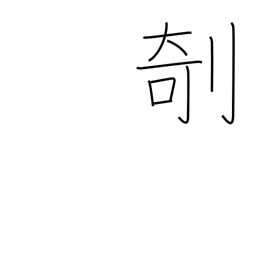
Meaning: carve